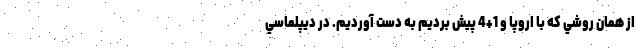
از همان روشي كه با اروپا و 1+4 پيش برديم به دست آورديم. در ديپلماسي